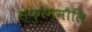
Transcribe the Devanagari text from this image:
स्फुरन्मौलि